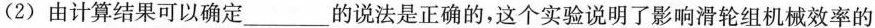
(2)由计算结果可以确定___的说法是正确的，这个实验说明了影响滑轮组机械效率的